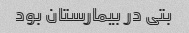
بتی در بیمارستان بود